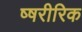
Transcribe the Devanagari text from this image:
ष्षरीरिक